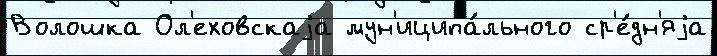
Волошка Ол'еховскаjа мун'иципа́льного ср'е́дн'яjа